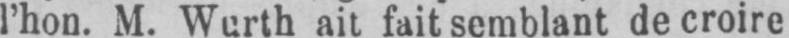
l’hon. M. Wurth ait fait semblant de croire